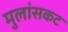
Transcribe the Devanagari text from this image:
मुलांसकट